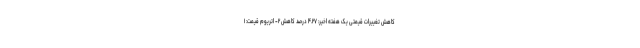
کاهش تغییرات قیمتی یک هفته اخیر: ۴.۲۷ درصد کاهش ۲- اتریوم قیمت: ۱